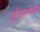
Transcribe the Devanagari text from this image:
इतिहासकाळी